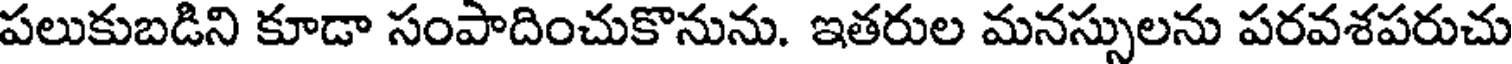
పలుకుబడిని కూడా సంపాదించుకొనును. ఇతరుల మనస్సులను పరవశపరుచు